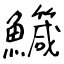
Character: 鱵